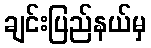
ချင်းပြည်နယ်မှ